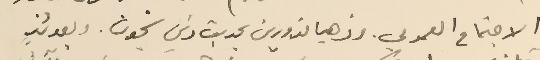
الاجتماع العمومي. وذهبا مزورين بحديث ذي شحون . وبعدئذٍ